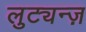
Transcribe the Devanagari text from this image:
लुट्यन्ज़